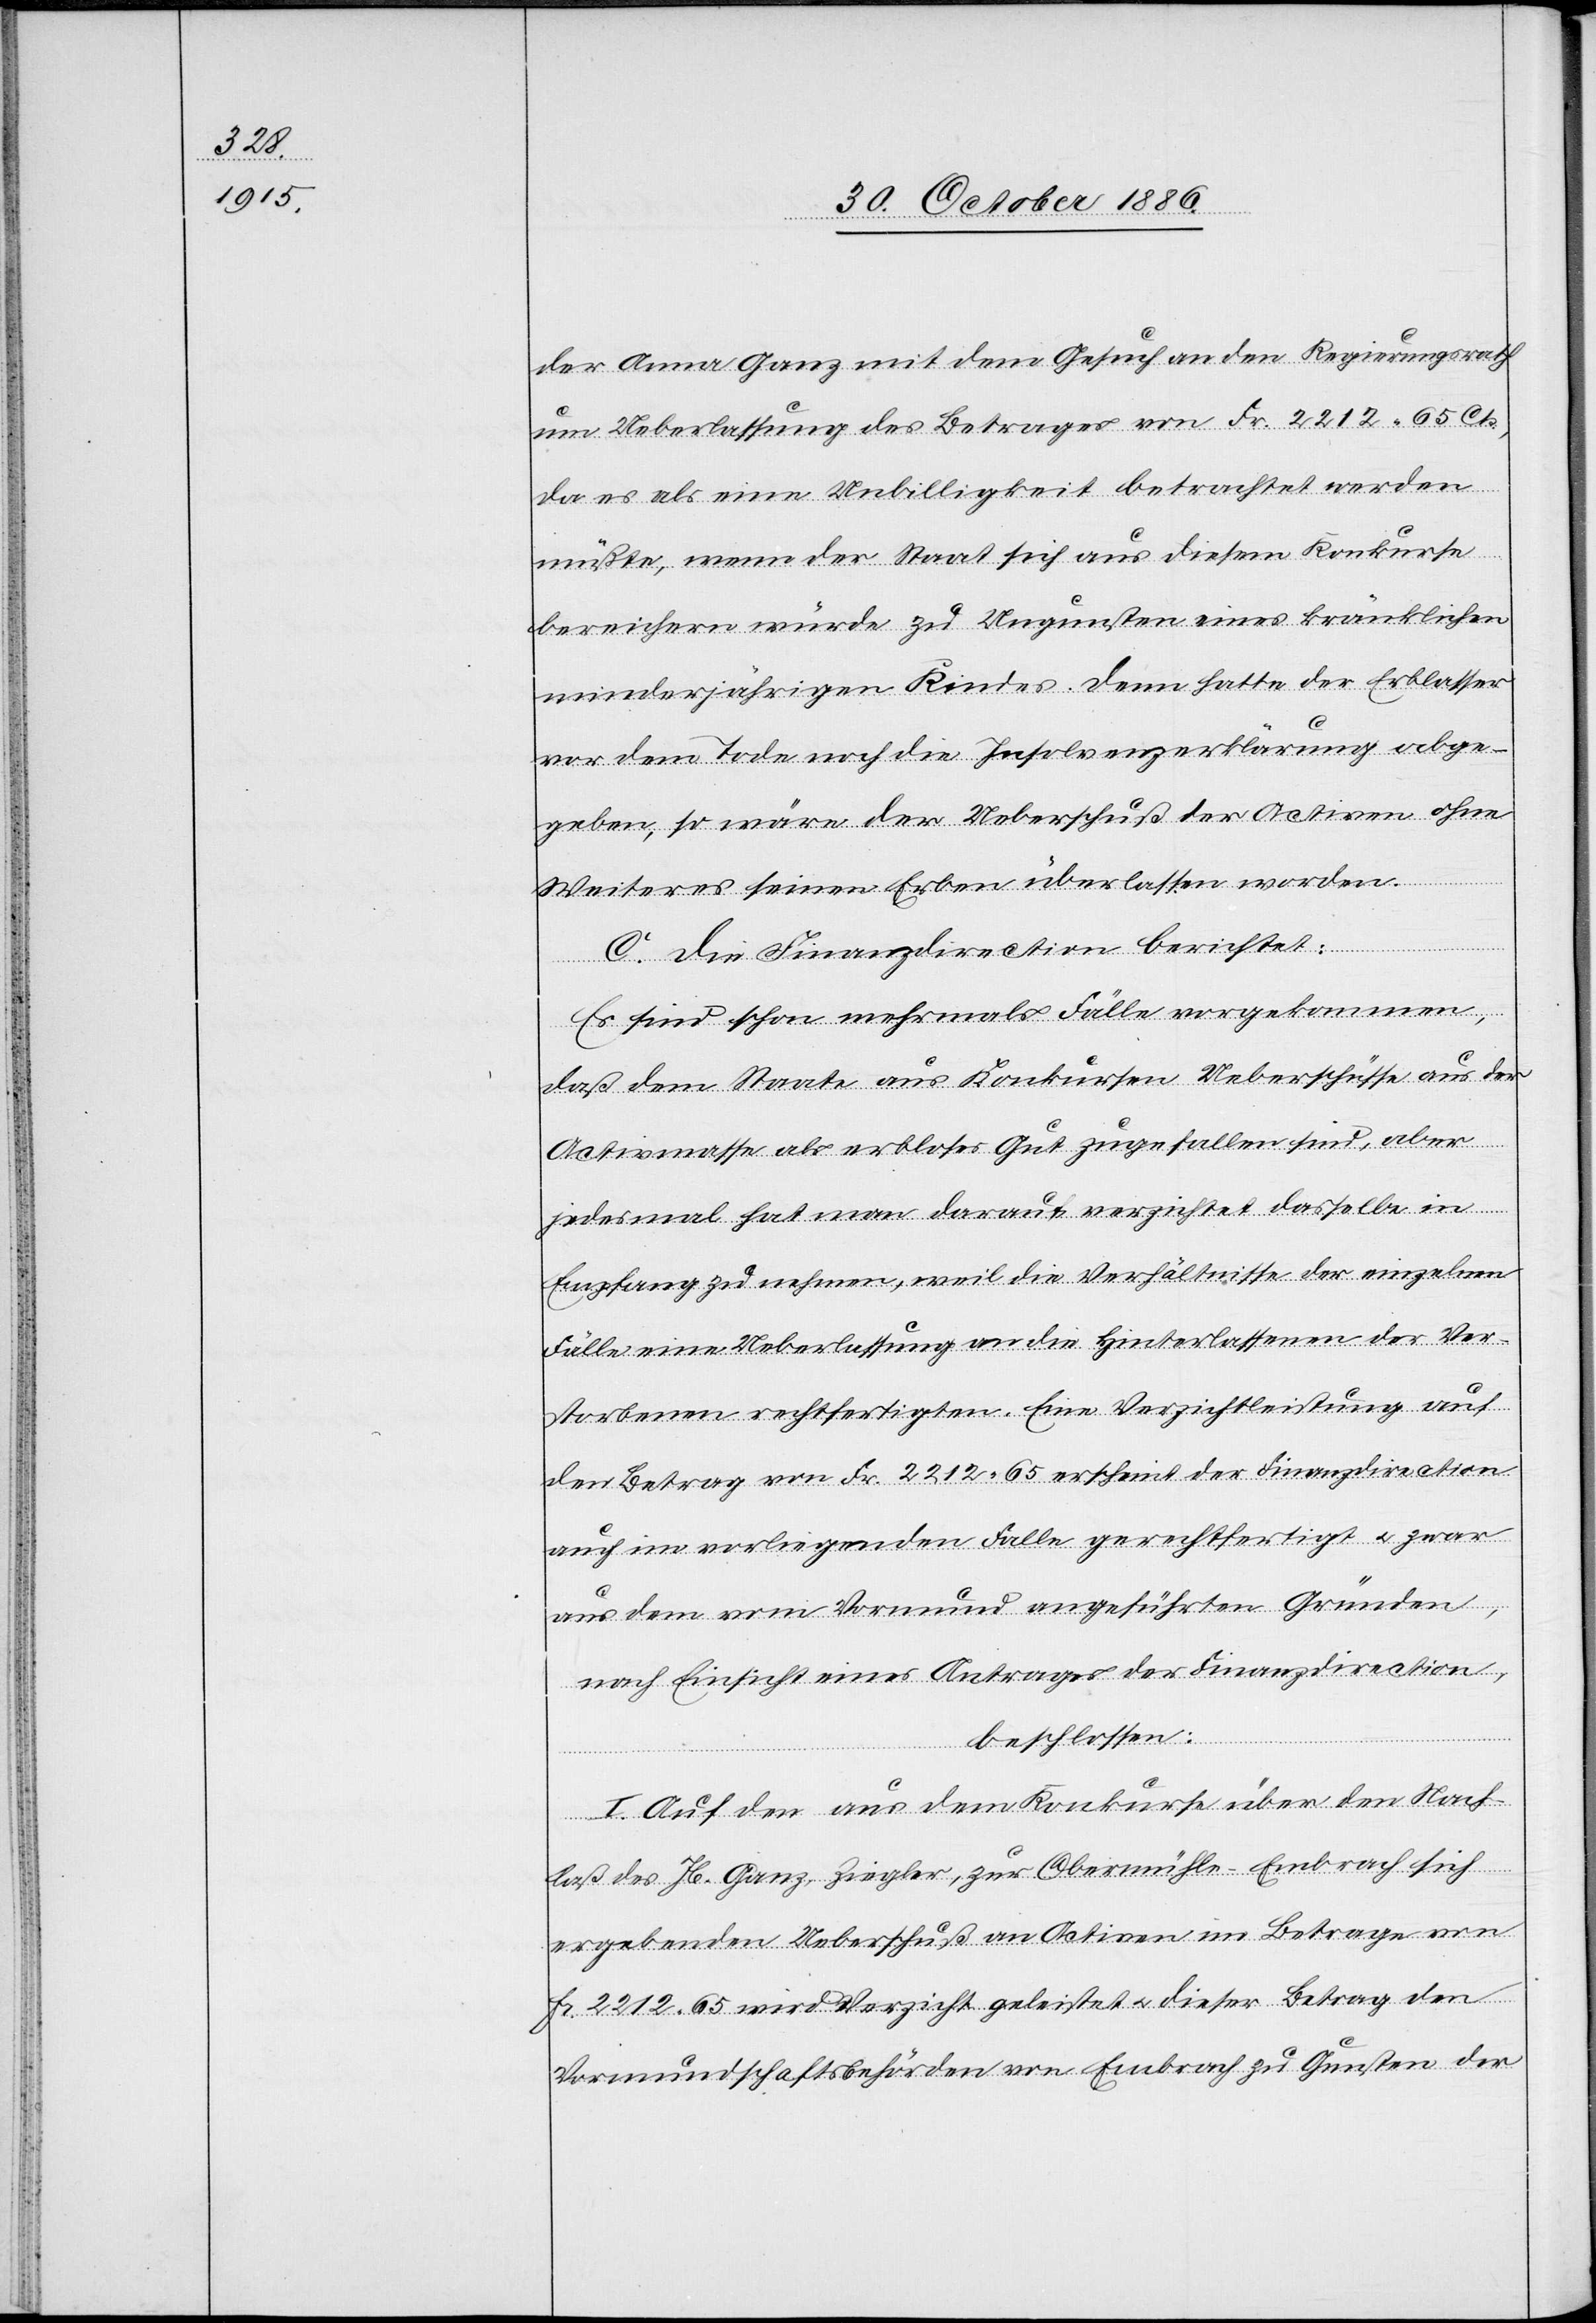
der Anna Ganz mit dem Gesuch an den Regierungsrath
um Ueberlassung des Betrages von Fr. 2212 65 Cts.,
da es als eine Unbilligkeit betrachtet werden
müßte, wenn der Staat sich aus diesem Konkurse
bereichern würde zu Ungunsten eines kränklichen
minderjährigen Kindes. Denn hatte der Erblasser
vor dem Tode noch die Insolvenzerklärung abge¬
geben, so wäre der Ueberschuß der Activen ohne
Weiteres seinen Erben überlassen worden.
C. Die Finanzdirection berichtet:
Es sind schon mehrmals Fälle vorgekommen,
daß dem Staate aus Konkursen Ueberschüsse aus der
Activmasse als erbloses Gut zugefallen sind, aber
jedesmal hat man darauf verzichtet dasselbe in
Empfang zu nehmen, weil die Verhältnisse der einzelnen
Fälle eine Ueberlassung an die Hinterlassenen der Ver¬
storbenen rechtfertigten. Eine Verzichtleistung auf
den Betrag von Fr. 2212 65 erscheint der Finanzdirection
auch im vorliegenden Falle gerechtfertigt & zwar
aus dem vom Vormund angeführten Gründen,
nach Einsicht eines Antrages der Finanzdirection,
beschlossen:
I. Auf den aus dem Konkurse über den Nach¬
laß des Jb. Ganz, Ziegler, zur Obermühle - Embrach sich
ergebenden Ueberschuß an Activen im Betrage von
Fr. 2212 65 wird Verzicht geleistet & dieser Betrag den
Vormundschaftsbehörden von Embrach zu Gunsten der